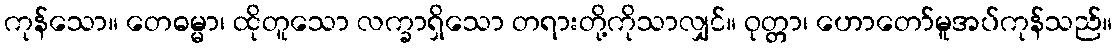
ကုန်သော။ တေဓမ္မာ၊ ထိုတူသော လက္ခာရှိသော တရားတို့ကိုသာလျှင်။ ဝုတ္တာ၊ ဟောတော်မူအပ်ကုန်သည်။